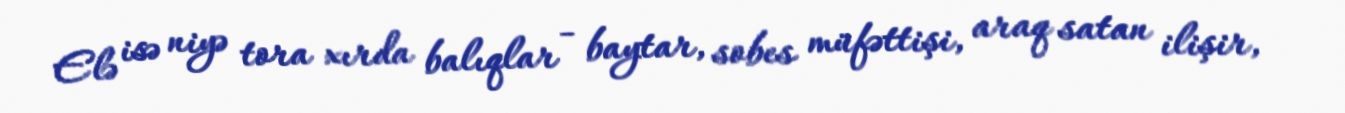
Elə isə niyə tora xırda balıqlar - baytar, sobes müfəttişi, araq satan ilişir,